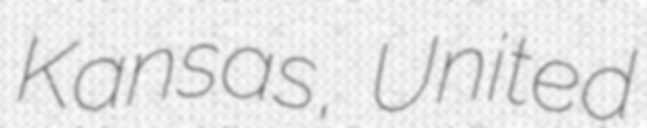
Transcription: Kansas, United